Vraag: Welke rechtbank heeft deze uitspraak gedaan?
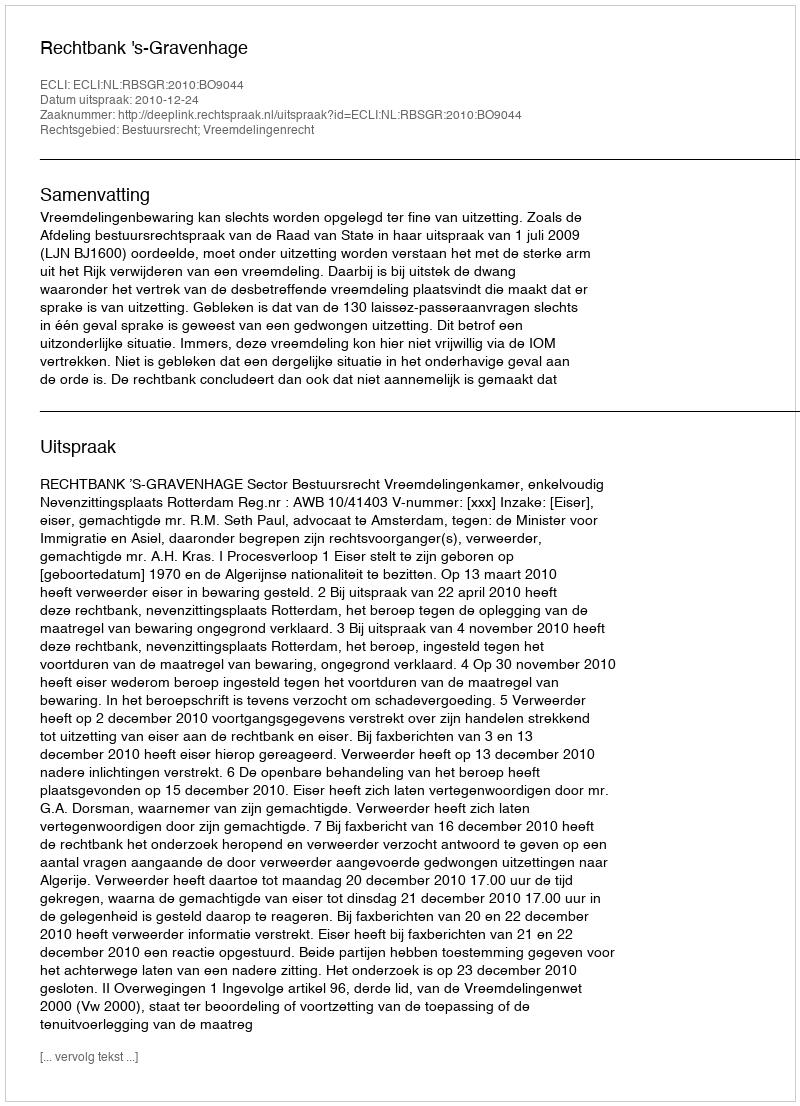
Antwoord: Rechtbank 's-Gravenhage